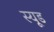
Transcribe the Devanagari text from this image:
स्‍यूड